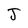
Character: J